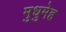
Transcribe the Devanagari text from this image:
मुधुमेह